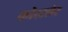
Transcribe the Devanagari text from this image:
कोस्टलेर